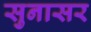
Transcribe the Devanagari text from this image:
सुनासर